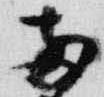
両